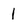
Character: 1